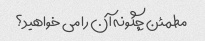
مطمئن چگونه آن را می خواهید؟